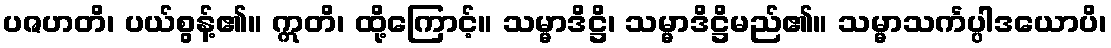
ပဇဟတိ၊ ပယ်စွန့်၏။ ဣတိ၊ ထို့ကြောင့်။ သမ္မာဒိဋ္ဌိ၊ သမ္မာဒိဋ္ဌိမည်၏။ သမ္မာသင်္ကပ္ပါဒယောပိ၊